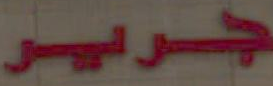
جرير